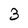
Character: 3